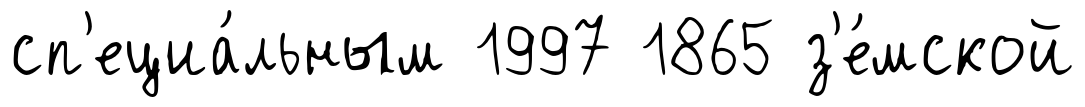
сп'ециа́льным 1997 1865 з'е́мской